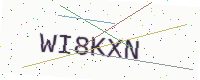
Text: WI8KXN